Lunatic asylums Punjab 1895-1910 - 1895-1910
Year: 1895
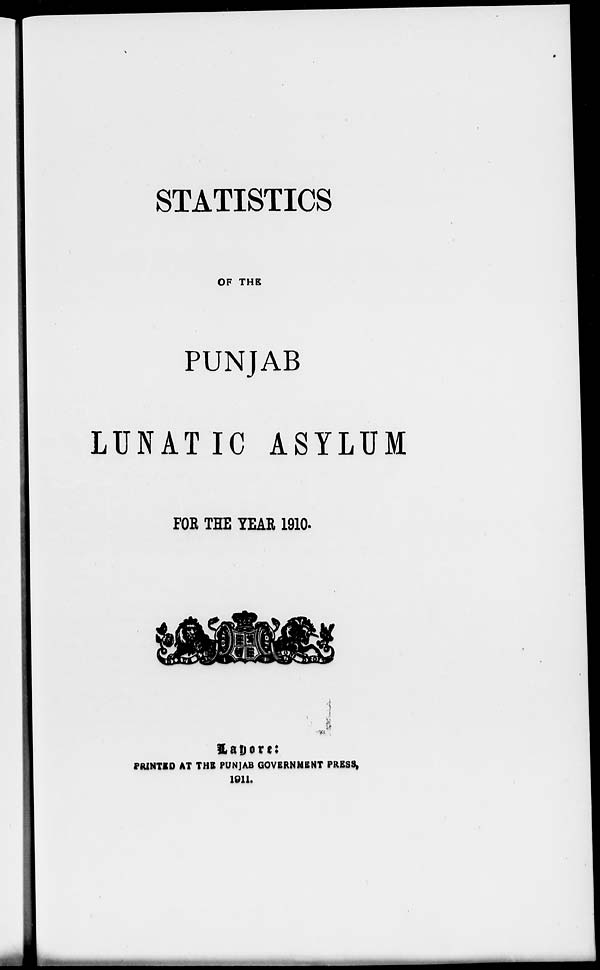
STATISTICS
OF THE
PUNJAB
LUNATIC ASYLUM
FOR THE YEAR 1910.
Lahore:
PRINTED AT THE PUNJAB GOVERNMENT PRESS,
1911.